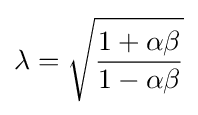
\lambda ={\sqrt {\frac {1+\alpha \beta }{1-\alpha \beta }}}